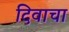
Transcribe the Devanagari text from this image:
दिवाचा